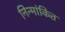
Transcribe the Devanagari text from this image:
निन्मांकित